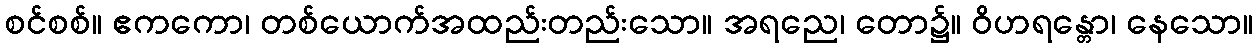
စင်စစ်။ ဧကကော၊ တစ်ယောက်အထည်းတည်းသော။ အရညေ၊ တော၌။ ဝိဟရန္တော၊ နေသော။